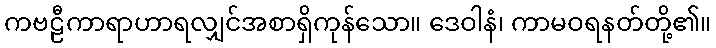
ကဗဠီကာရာဟာရလျှင်အစာရှိကုန်သော။ ဒေဝါနံ၊ ကာမဝရနတ်တို့၏။